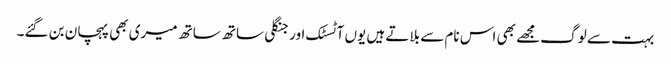
بہت سے لوگ مجھے بھی اس نام سے بلاتے ہیں یوں آٹسٹک اور جنگلی ساتھ ساتھ میری بھی پہچان بن گئے۔